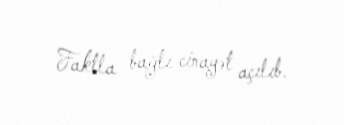
Faktla bağlı cinayət açılıb.